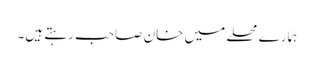
ہمارے محلے میں خان صاحب رہتے ہیں۔